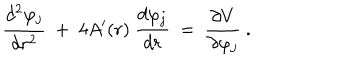
{ \frac { d ^ { 2 } \varphi _ { j } } { d r ^ { 2 } } } ~ + ~ 4 A ^ { \prime } ( r ) ~ { \frac { d \varphi _ { j } } { d r } } ~ = ~ { \frac { \partial V } { \partial \varphi _ { j } } } \ .